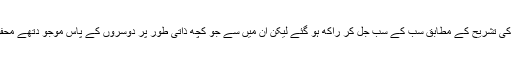
یاقوت حموی کی تشریح کے مطابق سب کے سب جل کر راکھ ہو گئے لیکن ان میں سے جو کچھ ذاتی طور پر دوسروں کے پاس موجو دتھے محفو ظ رہ گئے ۔